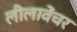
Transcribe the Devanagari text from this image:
लीलावेंचर